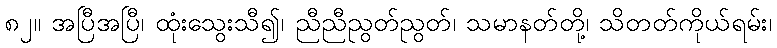
၈၂။ အပြီအပြီ၊ ထုံးသွေးသီ၍၊ ညီညီညွတ်ညွတ်၊ သမာနတ်တို့၊ သိတတ်ကိုယ်ရမ်း၊